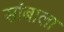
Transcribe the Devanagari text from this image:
सांबाला